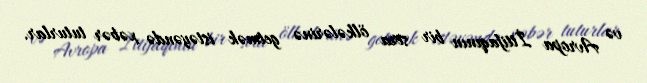
və Avropa İttifaqının bir sıra ölkələrinə getmək istəyəndə xəbər tuturlar.